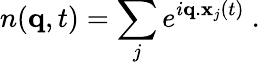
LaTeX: n(\mathbf{q},t)=\sum_{j}e^{i\mathbf{q}.\mathbf{x}_{j}(t)}\ .